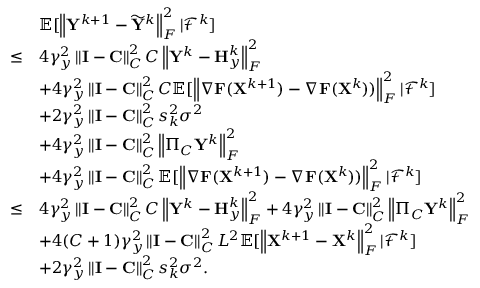
\begin{array} { r l } & { { \mathbb { E } } [ \left\| { \mathbf { Y } } ^ { k + 1 } - \widetilde { { \mathbf { Y } } } ^ { k } \right\| _ { F } ^ { 2 } \vert { \mathcal { F } } ^ { k } ] } \\ { \leq } & { 4 \gamma _ { y } ^ { 2 } \left\| { \mathbf { I } } - { \mathbf { C } } \right\| _ { C } ^ { 2 } C \left\| { \mathbf { Y } } ^ { k } - { \mathbf { H } } _ { y } ^ { k } \right\| _ { F } ^ { 2 } } \\ & { + 4 \gamma _ { y } ^ { 2 } \left\| { \mathbf { I } } - { \mathbf { C } } \right\| _ { C } ^ { 2 } C { \mathbb { E } } [ \left\| \nabla { \mathbf { F } } ( { \mathbf { X } } ^ { k + 1 } ) - \nabla { \mathbf { F } } ( { \mathbf { X } } ^ { k } ) ) \right\| _ { F } ^ { 2 } \vert { \mathcal { F } } ^ { k } ] } \\ & { + 2 \gamma _ { y } ^ { 2 } \left\| { \mathbf { I } } - { \mathbf { C } } \right\| _ { C } ^ { 2 } s _ { k } ^ { 2 } \sigma ^ { 2 } } \\ & { + 4 \gamma _ { y } ^ { 2 } \left\| { \mathbf { I } } - { \mathbf { C } } \right\| _ { C } ^ { 2 } \left\| \Pi _ { C } { \mathbf { Y } } ^ { k } \right\| _ { F } ^ { 2 } } \\ & { + 4 \gamma _ { y } ^ { 2 } \left\| { \mathbf { I } } - { \mathbf { C } } \right\| _ { C } ^ { 2 } { \mathbb { E } } [ \left\| \nabla { \mathbf { F } } ( { \mathbf { X } } ^ { k + 1 } ) - \nabla { \mathbf { F } } ( { \mathbf { X } } ^ { k } ) ) \right\| _ { F } ^ { 2 } \vert { \mathcal { F } } ^ { k } ] } \\ { \leq } & { 4 \gamma _ { y } ^ { 2 } \left\| { \mathbf { I } } - { \mathbf { C } } \right\| _ { C } ^ { 2 } C \left\| { \mathbf { Y } } ^ { k } - { \mathbf { H } } _ { y } ^ { k } \right\| _ { F } ^ { 2 } + 4 \gamma _ { y } ^ { 2 } \left\| { \mathbf { I } } - { \mathbf { C } } \right\| _ { C } ^ { 2 } \left\| \Pi _ { C } { \mathbf { Y } } ^ { k } \right\| _ { F } ^ { 2 } } \\ & { + 4 ( C + 1 ) \gamma _ { y } ^ { 2 } \left\| { \mathbf { I } } - { \mathbf { C } } \right\| _ { C } ^ { 2 } L ^ { 2 } { \mathbb { E } } [ \left\| { \mathbf { X } } ^ { k + 1 } - { \mathbf { X } } ^ { k } \right\| _ { F } ^ { 2 } \vert { \mathcal { F } } ^ { k } ] } \\ & { + 2 \gamma _ { y } ^ { 2 } \left\| { \mathbf { I } } - { \mathbf { C } } \right\| _ { C } ^ { 2 } s _ { k } ^ { 2 } \sigma ^ { 2 } . } \end{array}